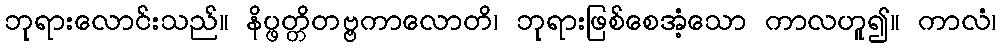
ဘုရားလောင်းသည်။ နိပ္ဖတ္တိတဗ္ဗကာလောတိ၊ ဘုရားဖြစ်စေအံ့သော ကာလဟူ၍။ ကာလံ၊